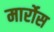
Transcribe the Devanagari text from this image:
मार्रोस